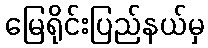
မြေရိုင်းပြည်နယ်မှ